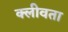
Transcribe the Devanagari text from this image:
क्लीवता